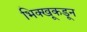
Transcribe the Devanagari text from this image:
भिक्खूकडून